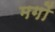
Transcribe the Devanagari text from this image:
मगों